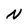
Character: N